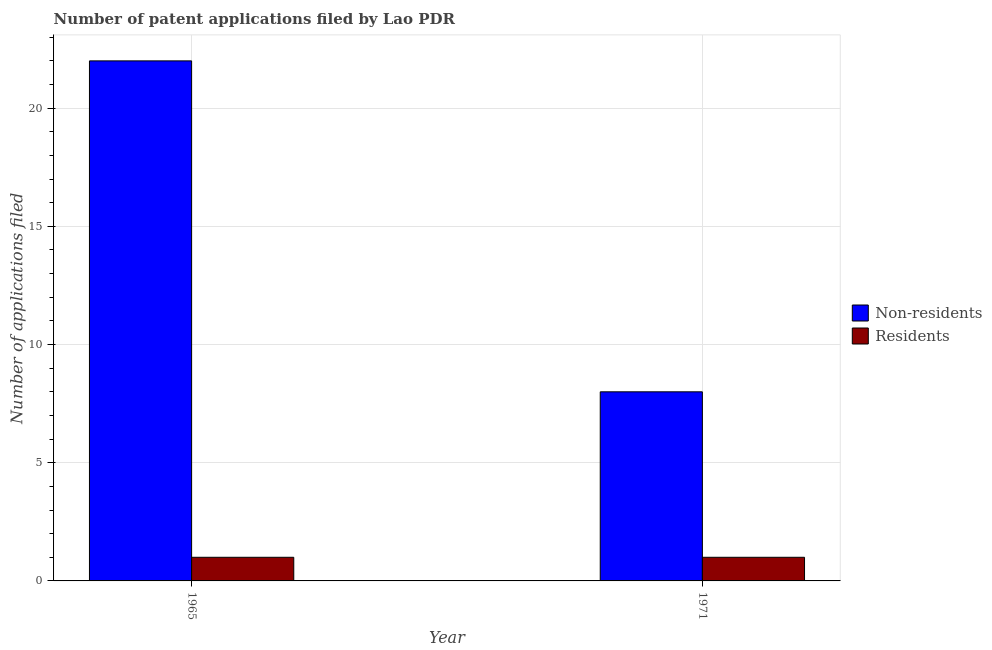
| Year | Non-residents | Residents |
 | --- | --- | --- |
 | 1965 | 22 | 1 |
 | 1971 | 8 | 1 |